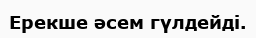
Ерекше әсем гүлдейді.